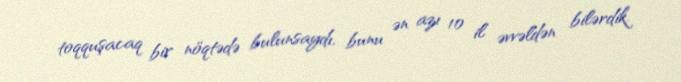
toqquşacaq bir nöqtədə bulunsaydı, bunu ən azı 10 il əvvəldən bilərdik.